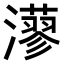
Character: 𤁸